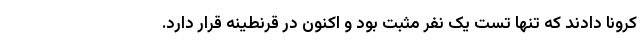
کرونا دادند که تنها تست یک نفر مثبت بود و اکنون در قرنطینه قرار دارد.